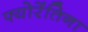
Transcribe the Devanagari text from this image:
फ्योरेंतिना